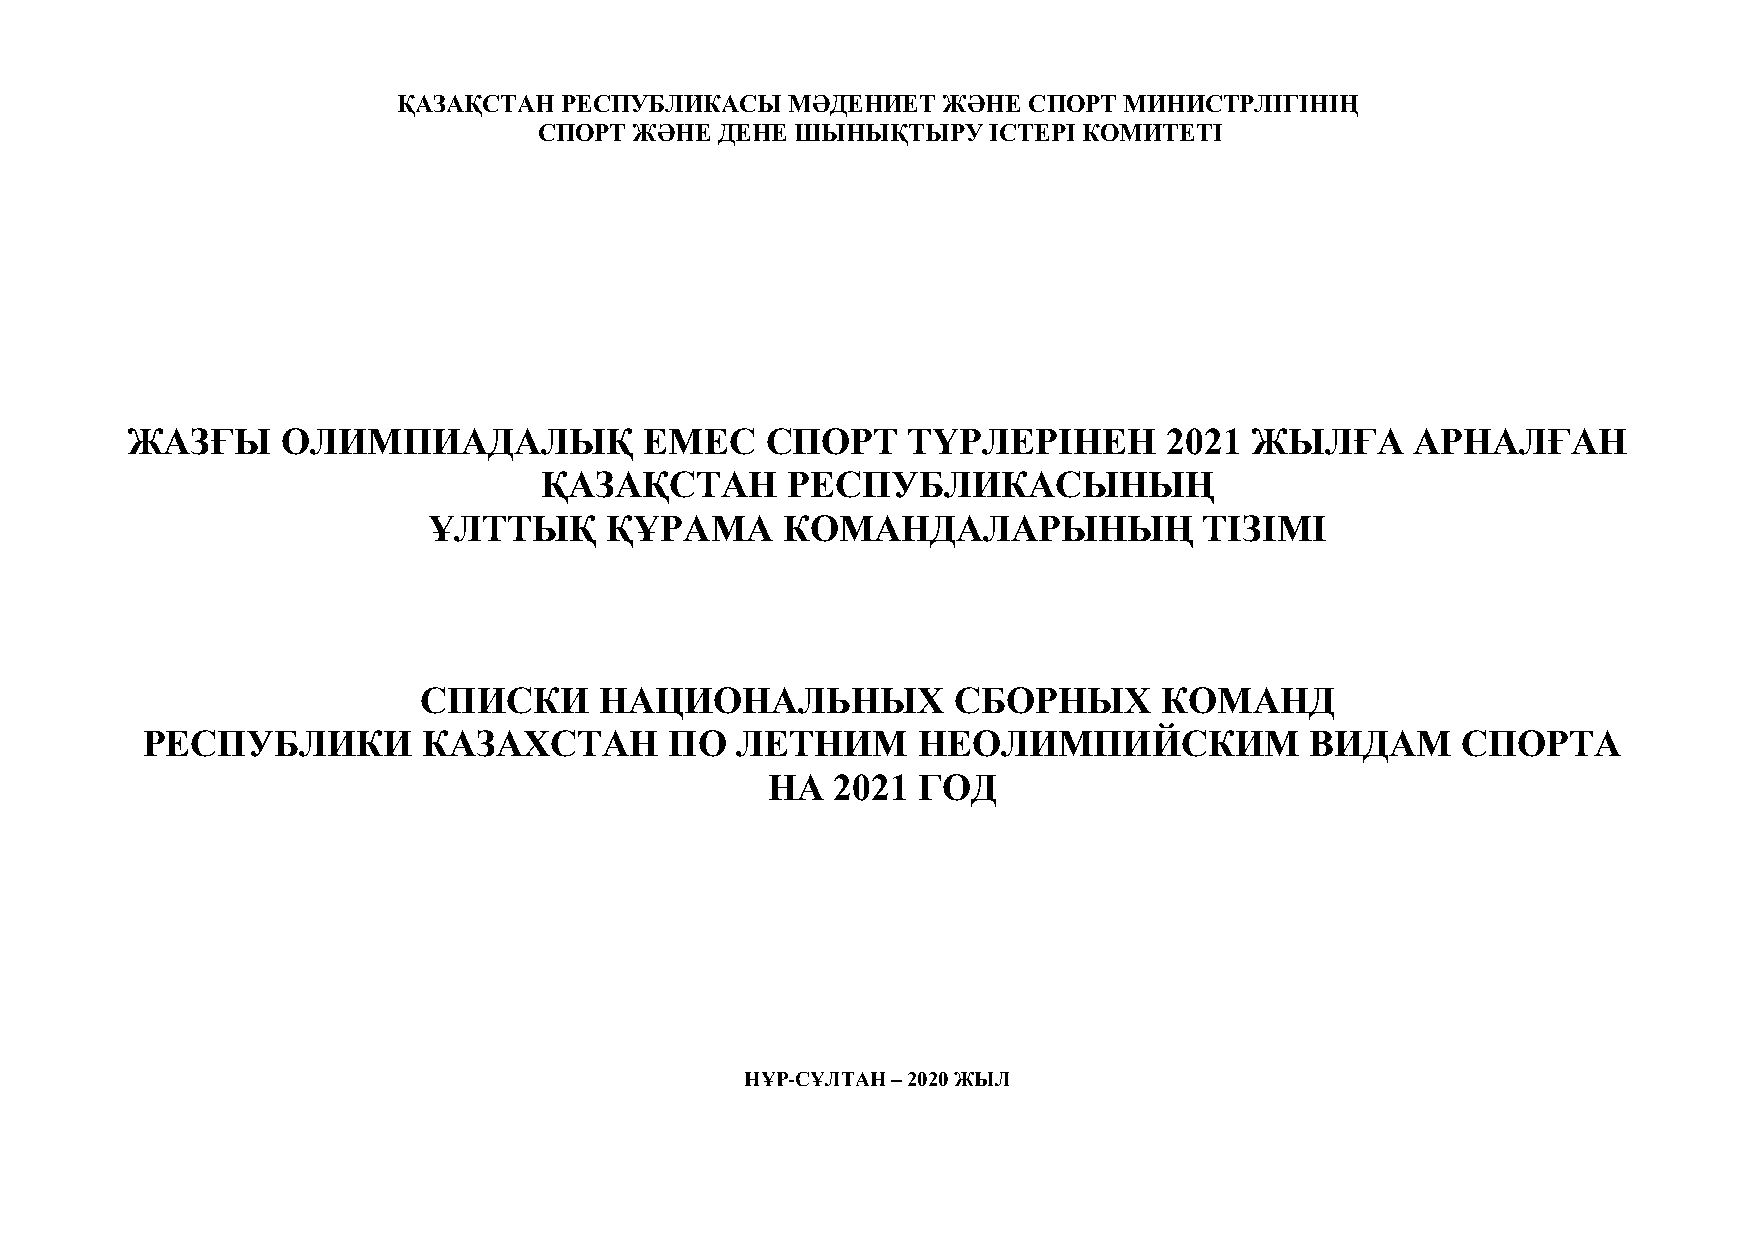
ҚАЗАҚСТАН  РЕСПУБЛИКАСЫ   МӘДЕНИЕТ  ЖӘНЕ  СПОРТ МИНИСТРЛІГІНІҢ
 СПОРТ ЖӘНЕ  ДЕНЕ ШЫНЫҚТЫРУ    ІСТЕРІ КОМИТЕТІ
 ЖАЗҒЫ      ОЛИМПИАДАЛЫҚ            ЕМЕС    СПОРТ    ТҮРЛЕРІНЕН       2021  ЖЫЛҒА      АРНАЛҒАН
 ҚАЗАҚСТАН       РЕСПУБЛИКАСЫНЫҢ
 ҰЛТТЫҚ      ҚҰРАМА      КОМАНДАЛАРЫНЫҢ              ТІЗІМІ
 СПИСКИ      НАЦИОНАЛЬНЫХ           СБОРНЫХ       КОМАНД
 РЕСПУБЛИКИ         КАЗАХСТАН       ПО   ЛЕТНИМ      НЕОЛИМПИЙСКИМ             ВИДАМ     СПОРТА
 НА  2021  ГОД
 НҰР-СҰЛТАН – 2020 ЖЫЛ
 1